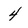
Character: 4